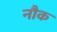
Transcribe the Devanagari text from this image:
नौक